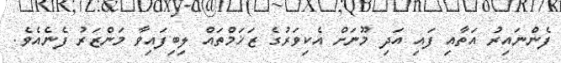
ފެންނައިރު އަތާއި ފައި އަދި މޫނަށް އެކިވަރުގެ ޒަޚަމްތައް ލިބިފައިވާ މަންޒަރު ފެނެއެވެ.